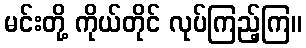
မင်းတို့ ကိုယ်တိုင် လုပ်ကြည့်ကြ။